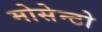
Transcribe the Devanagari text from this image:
मोसेन्टो